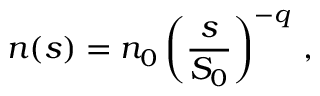
n ( s ) = n _ { 0 } \left( \frac { s } { S _ { 0 } } \right) ^ { - q } \, ,